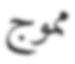
مموج